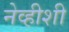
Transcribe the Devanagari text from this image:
नेव्हीशी